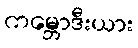
ကမ္ဘောဒီးယား